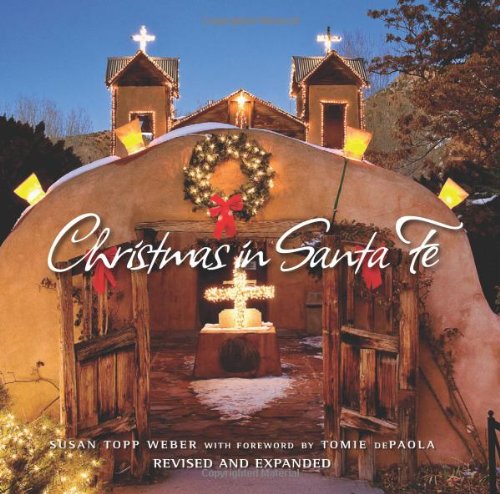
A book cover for Christmas in Santa Fe; Susan Weber; Politics & Social Sciences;